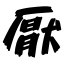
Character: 厭